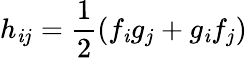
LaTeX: h_{\mathit{i}j}=\frac{{1}}{{2}}(f_{\mathit{i}}g_{j}+g_{\mathit{i}}f_{j})